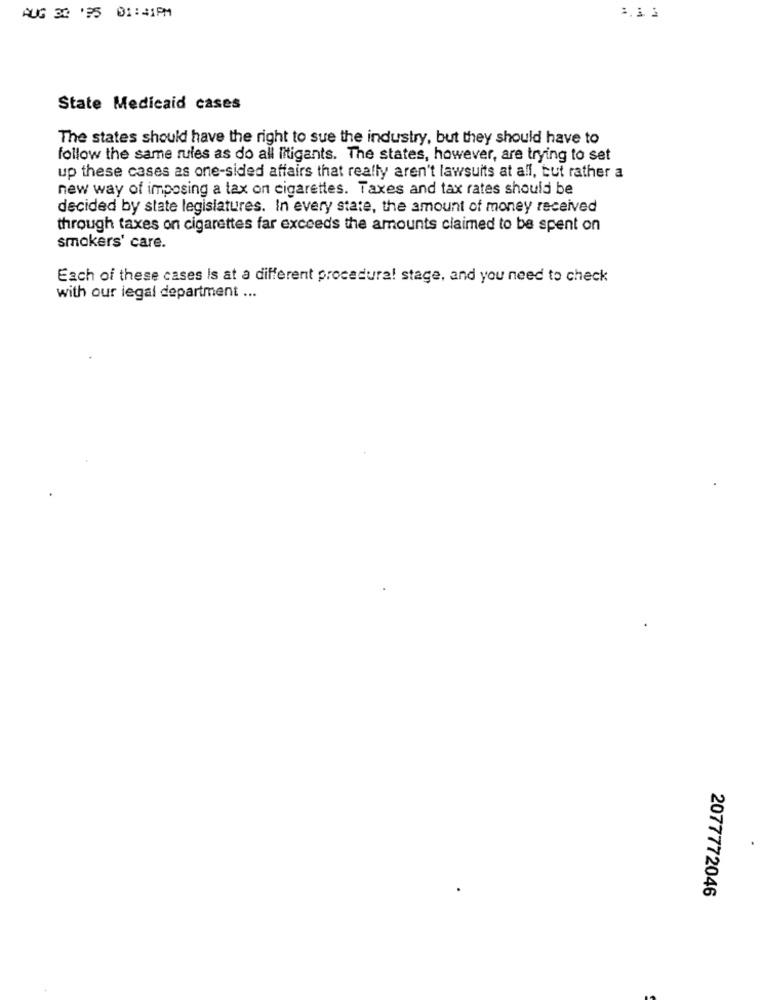
AUG 30 '35 01:41PM
State Medicaid cases
The states should have the right to sue the industry, but they should have to
follow the same rules as do all litigants. The states, however, are trying to set
up these cases as one-sided affairs that really aren't lawsuits at all, but rather a
new way of imposing a tax on cigarettes. Taxes and tax rates should be
decided by state legislatures. In every state, the amount of money received
through taxes on cigarettes far exceeds the amounts claimed to be spent on
smokers' care.
Each of these cases Is at a different procedura! stage, and you need to check
with our legal department ...
2077772046